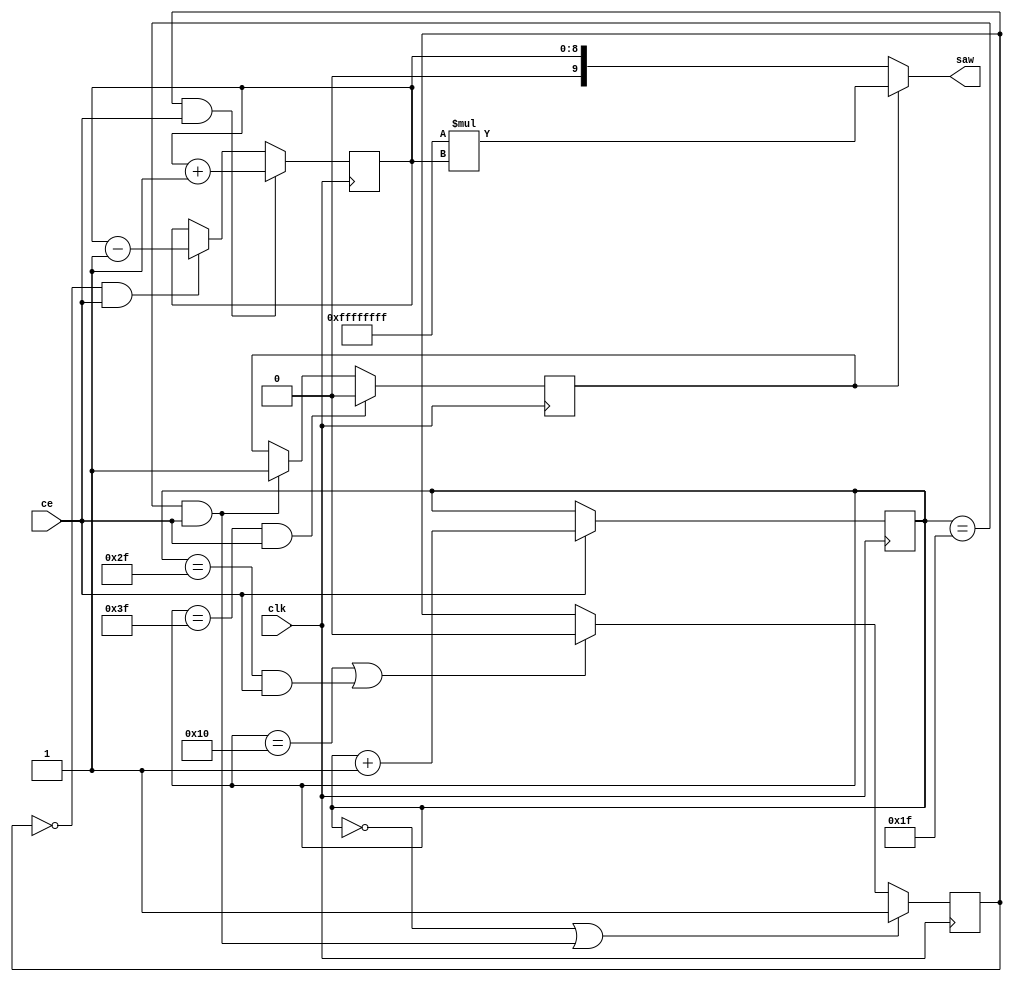
module Gen_saw (
    input clk,
    input ce,
    output wire [9:0]saw
    ); 

    //parameter A = 256; //
    //parameter period = 64;


    reg up = 1;
    reg sign = 0;//  "0"<->"+"


    reg [5:0]cn_period = 0;

    reg [8:0]mod_saw = 0;
    wire change = ~((cn_period == 6'd63) | (cn_period == 6'd31) | (cn_period == 6'd15) | (cn_period == 6'd47));

    assign saw = sign ? -1 * mod_saw : mod_saw;
    
    always @(posedge clk)
    begin
        cn_period <= ce ? cn_period + 1 : cn_period;
        up <= ((cn_period == 0) | (cn_period == 6'd31) & ce) ? 1 : ((cn_period == 6'd16) | (cn_period == 6'd47) & ce) ? 0 : up;
        sign <= ((cn_period == 6'd63)  & ce) ? 0 : ((cn_period == 6'd31)  & ce) ? 1 : sign;
        mod_saw <= (up & ce) ? mod_saw + 1 : (~up & ce) ? mod_saw - 1 : mod_saw;
    end

    

endmodule